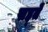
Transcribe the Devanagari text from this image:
सह्ते